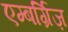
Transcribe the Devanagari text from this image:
एम्बर्ग्रिज़